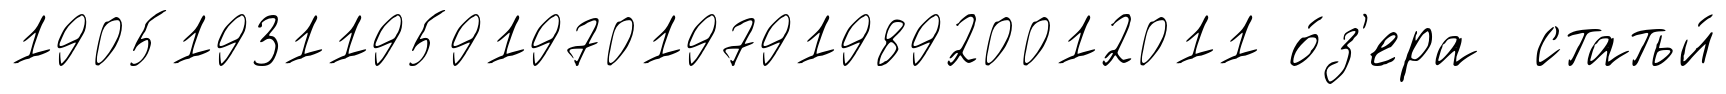
19051931195919701979198920012011 о́з'ера статьи́